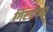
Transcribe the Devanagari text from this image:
गिरडच्या